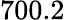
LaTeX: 700.2